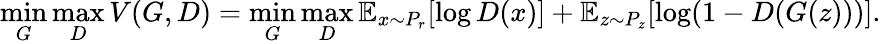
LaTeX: \operatorname*{min}_{G}\operatorname*{max}_{D}V(G,D)=\operatorname*{min}_{G}\operatorname*{max}_{D}\mathbb{E}_{x\sim P_{r}}[\log D(x)]+\mathbb{E}_{z\sim P_{z}}[\log(1-D(G(z)))].